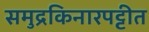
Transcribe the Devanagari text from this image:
समुद्रकिनारपट्टीत